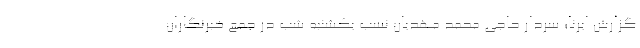
گزارش ایرنا؛ سردار حاجی محمد مهدیان نسب یکشنبه شب در جمع خبرنگاران